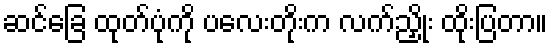
ဆင်ခြေ ထုတ်ပုံကို ပလေးတိုးက လက်ညှိုး ထိုးပြတာ။